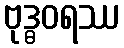
ဗုဒ္ဓဝရဿ